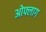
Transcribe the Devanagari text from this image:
ओफ्लाग